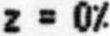
Z = 0%